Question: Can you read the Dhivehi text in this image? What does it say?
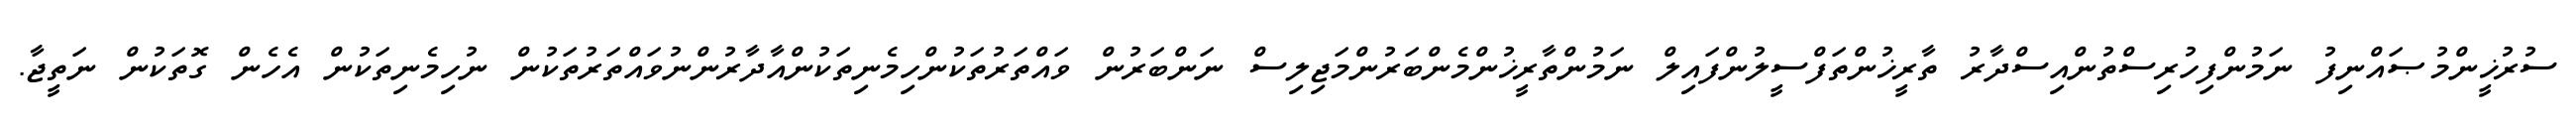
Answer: ސުރުޚީންމުޞައްނިފު ނަމުންފިހުރިސްތުންއިސްދާރު ތާރީޚުންތަފްސީލުންފައިލް ނަމުންތާރީޚުންމެންބަރުންމަޖިލިސް ނަންބަރުން ވައްތަރުތަކުންހިމެނިތަކުންއާދާރުންނުވައްތަރުތަކުން ނުހިމެނިތަކުން އެހެން ގޮތަކުން ނަތީޖާ.